Code of medical and sanitary regulations for the guidance of medical officers serving in the Madras Presidency - Volume I
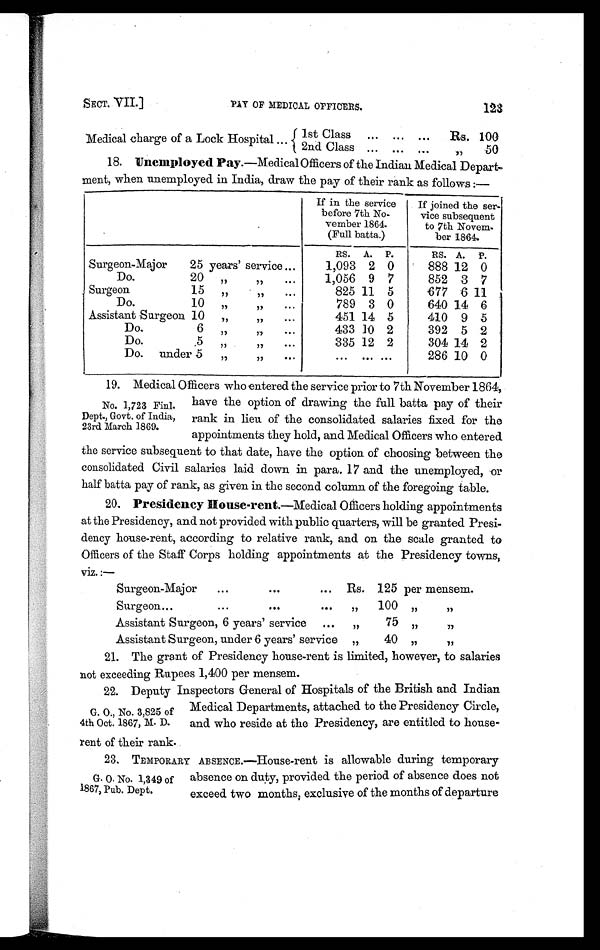
SECT. VII. PAY OF MEDICAL OFFICERS.
123
Medical charge of a Lock Hospital ... 1st Class ... ... ... Rs. 100
2nd Class ... ... ...
_"
50
18. Unemployed Pay.—Medical Officers of the Indian Medical Depart-
ment, when unemployed in India, draw the pay of their rank as follows :—
If in the service
before 7th No-
vember 1864.
(Full batta.)
If joined the ser-
vice subsequent
to 7th Novem-
ber 1864.
RS. A. P.
RS. A. P.
Surgeon-Major
25 years' service ...
1,093 2 0
888 12 0
Do.
20 „
"
...
1,056 9 7
852 3 7
Surgeon
15 „
" ...
825 11 5
677 6 11
Do.
10 „
,,
...
789 3 0
640 14 6
Assistant Surgeon 10 „
"
...
451 14 5
410 9 5
Do.
6 „
"
...
433 10 2
392 5 2
Do.
5
"
"
...
335 12 2
304 14 2
Do. under 5 „
"
...
. . . ... . . .
286 10 0
19. Medical Officers who entered the service prior to 7th November 1864,
have the option of drawing the full batta pay of their
rank in lieu of the consolidated salaries fixed for the
appointments they hold, and Medical Officers who entered
the service subsequent to that date, have the option of choosing between the
consolidated Civil salaries laid down in para. 17 and the unemployed, or
half batta pay of rank, as given in the second column of the foregoing table.
20. Presidency House-rent.— M e d i c a l O f f i c e r s h o l d i n g a p p o i n t m e n t s
at the Presidency, and not provided with public quarters, will be granted Presi-
dency house-rent, according to relative rank, and on the scale granted to
Officers of the Staff Corps holding appointments at the Presidency towns,
viz.:—
Surgeon-Major ...
... ... Rs. 125 per mensem.
Surgeon...
...
...
... "
100 "
"
Assistant Surgeon, 6 years' service ... "
75 "
"
Assistant Surgeon, under 6 years' service „
40 ,,
,,
21. The grant of Presidency house-rent is limited, however, to salaries
not exceeding Rupees 1,400 per mensem.
22. Deputy Inspectors General of Hospitals of the British and Indian
Medical Departments, attached to the Presidency Circle,
and who reside at the Presidency, are entitled to house-
rent of their rank.
23. TEMPORARY ABSENCE.—House-rent is allowable during temporary
absence on duty, provided the period of absence does not
exceed two months, exclusive of the months of departure
No. 1,723 Finl.
Dept., Govt. of India,
23rd March 1869.
G. O., No. 3,825 of
4th Oct. 1867, M. D.
G. O. No. 1,349 of
1867, Pub. Dept.